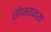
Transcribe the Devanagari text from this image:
सैभाग्य